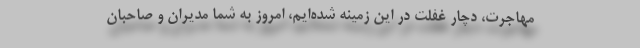
مهاجرت، دچار غفلت در این زمینه شده‌ایم، امروز به شما مدیران و صاحبان